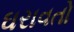
ઘરાવતો